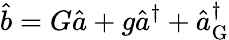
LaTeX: \hat{b}=G\hat{a}+g\hat{a}^{\dagger}+\hat{a}_{\mathrm{G}}^{\dagger}